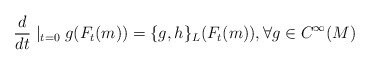
\begin{align*}\frac{d}{dt}\mid_{t=0}g(F_t(m))=\{g,h\}_{L}(F_t(m)),\forall g\in C^{\infty}(M)\end{align*}